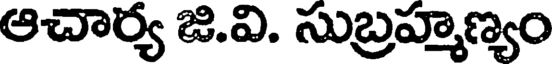
ఆచార్య జి.వి. సుబ్రహ్మణ్యం